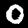
Digit: 0